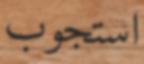
استجوب